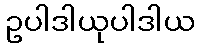
ဥပါဒါယုပါဒါယ